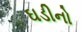
ઘડીનો